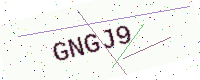
Text: GNGJ9